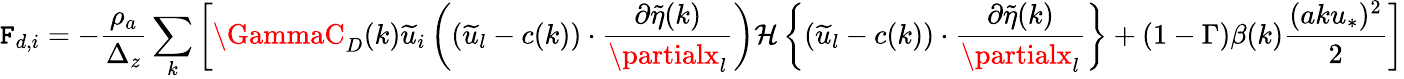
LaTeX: \mathtt{F}_{d,i}=-\frac{{\rho_{a}}}{{\Delta_{z}}}\sum_{k}\left[\GammaC_{D}(k)\widetilde{{u}}_{i}\left((\widetilde{{u}}_{l}-c(k))\cdot\frac{{\partial\widetilde{{\eta}}(k)}}{{\partialx_{l}}}\right){\mathcal{{H}}\left\{ (\widetilde{{u}}_{l}-c(k))\cdot\frac{{\partial\widetilde{{\eta}}(k)}}{{\partialx_{l}}}\right\} }+(1-\Gamma)\beta(k)\frac{{(aku_{*})^{2}}}{{2}}\right]